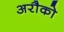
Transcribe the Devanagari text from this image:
अरौको